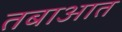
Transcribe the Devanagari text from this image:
तबाआत